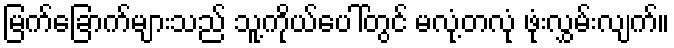
မြက်ခြောက်များသည် သူ့ကိုယ်ပေါ်တွင် မလုံ့တလုံ ဖုံးလွှမ်းလျက်။